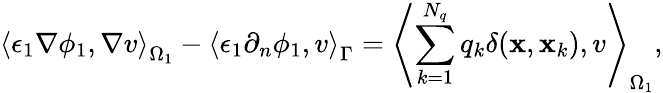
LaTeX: \left\langle\epsilon_{1}\nabla\phi_{1},\nabla v\right\rangle_{\Omega_{1}}-\left\langle\epsilon_{1}\partial_{n}\phi_{1},v\right\rangle_{\Gamma}=\left\langle\sum_{k=1}^{N_{q}}q_{k}\delta(\mathbf{x},\mathbf{x}_{k}),v\right\rangle_{\Omega_{1}},